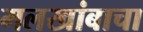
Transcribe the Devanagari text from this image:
मलखांबाचा